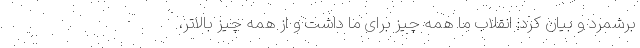
برشمرد و بیان کرد: انقلاب ما همه چیز برای ما داشت و از همه چیز بالاتر،